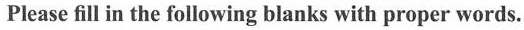
Please fill in the following blanks with proper words.